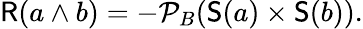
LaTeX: {\mathsf{R}}(a\wedge b)=-{\mathcal{P}}_{B}({\mathsf{S}}(a)\times{\mathsf{S}}(b)).